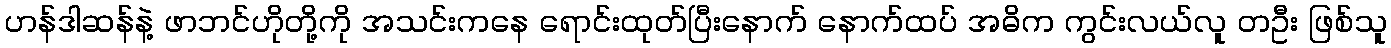
ဟန်ဒါဆန်နဲ့ ဖာဘင်ဟိုတို့ကို အသင်းကနေ ရောင်းထုတ်ပြီးနောက် နောက်ထပ် အဓိက ကွင်းလယ်လူ တဦး ဖြစ်သူ